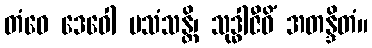
တံဝေ ဒေဝေါ ပသံသန္တိ၊ သုဒ္ဓါဇီဝိံ အတန္ဒိတံ။